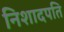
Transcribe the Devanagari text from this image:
निशादपति